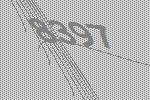
8397